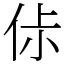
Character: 㑐